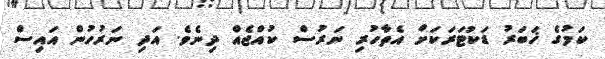
ކަމުގެ ޚަބަރު ޑަކުޓަރަކަށް އެތާހުރި ނަރުސް ކުއްޖެއް ދިނެވެ. އަދި ނަރުހުން އައިސް